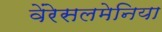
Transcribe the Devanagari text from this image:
वेंरेसलमेनिया